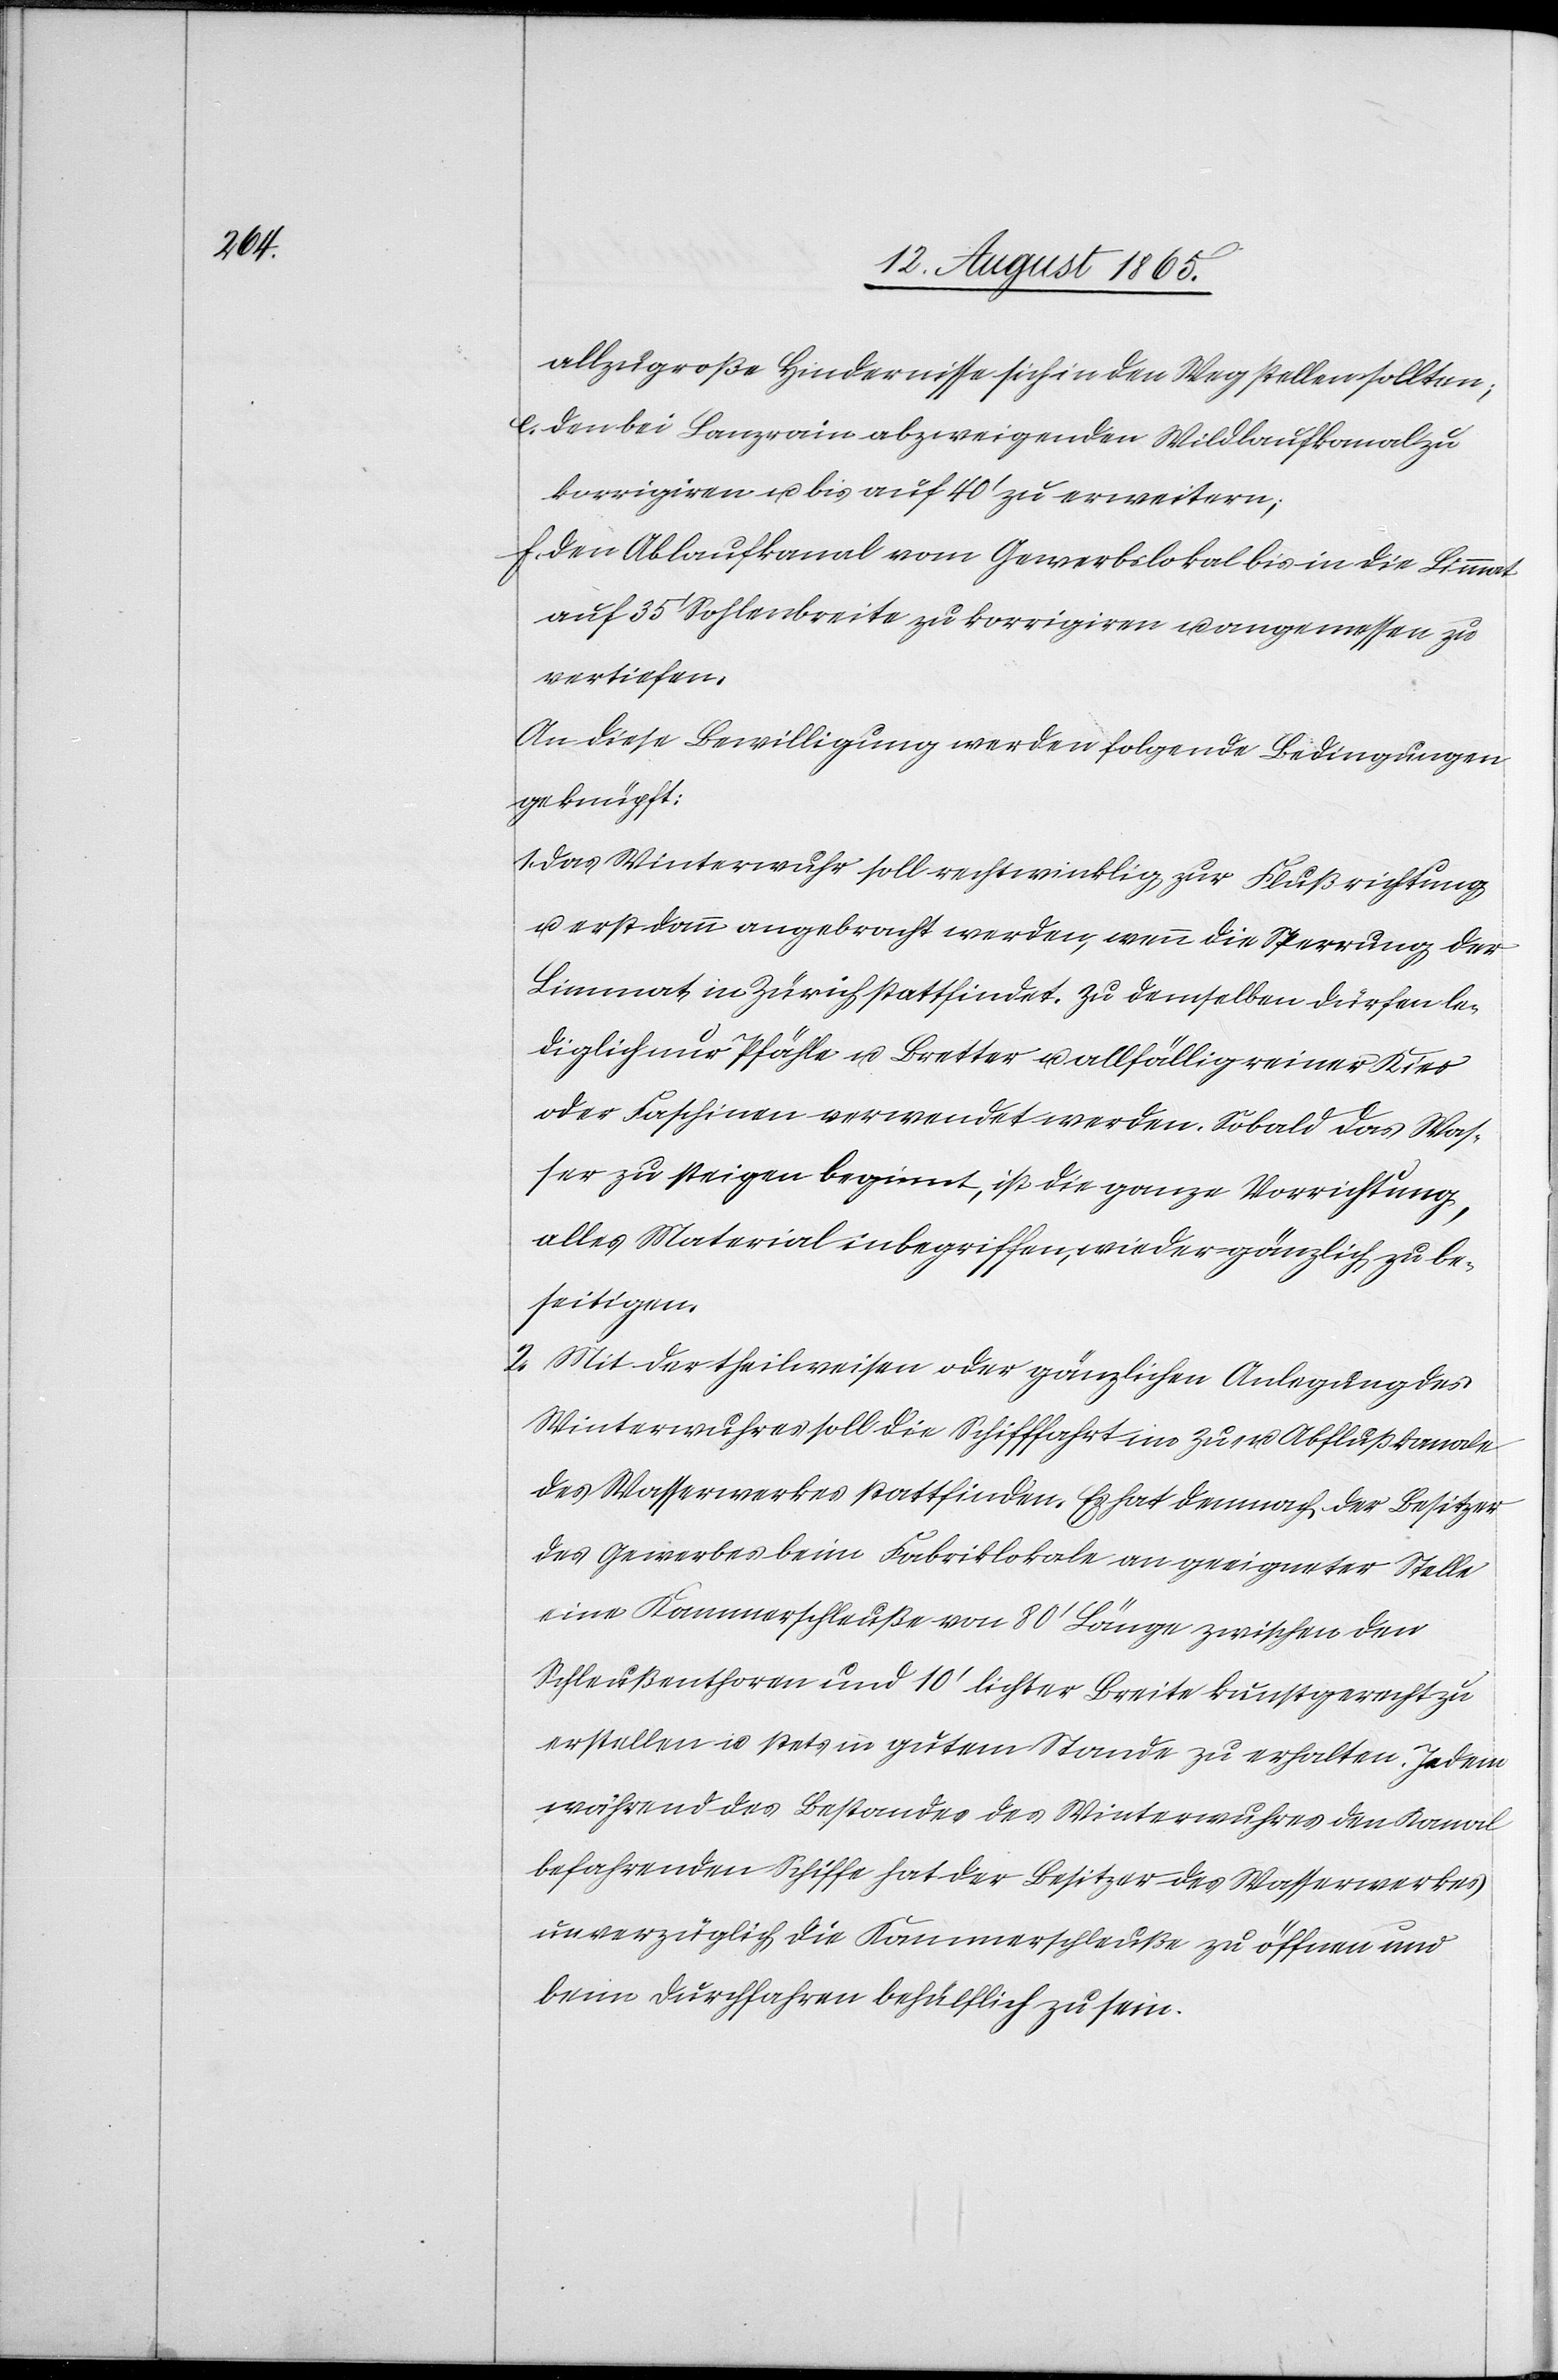
allzugroße Hindernisse sich in den Weg stellen sollten;
e. den bei Lanzrain abzweigenden Wildlaufkanal zu
korrigiren u. bis auf 40’ zu erweitern;
f. den Ablaufkanal vom Gewerbslokal bis in die Limmat
auf 35’ Sohlenbreite zu korrigiren u. angemessen zu
vertiefen.
An diese Bewilligung werden folgende Bedingungen
geknüpft:
1. Das Winterwuhr soll rechtwinklig zur Flußrichtung
u. erst dann angebracht werden, wenn die Sperrung der
Limmat in Zürich stattfindet. Zu demselben dürfen le¬
diglich nur Pfähle u. Bretter u. allfällig reiner Kies
oder Faschinen verwendet werden. Sobald das Was¬
ser zu steigen beginnt, ist die ganze Vorrichtung,
alles Material inbegriffen, wieder gänzlich zu be¬
seitigen.
2. Mit der theilweisen oder gänzlichen Anlegung des
Winterwuhres soll die Schifffahrt im Zu- u. Abflußkanale
des Wasserwerkes stattfinden. Es hat demnach der Besitzer
des Gewerbes beim Fabriklokale an geeigneter Stelle
eine Kammerschleuße von 80’ Länge zwischen den
Schleußenthoren und 10’ lichter Breite kunstgerecht zu
erstellen u. stets in gutem Stande zu erhalten. Jedem
während des Bestandes des Winterwuhres den Kanal
befahrenden Schiffe hat der Besitzer des Wasserwerkes
unverzüglich die Kammerschleuße zu öffnen und
beim Durchfahren behülflich zu sein.